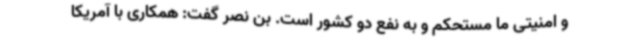
و امنیتی ما مستحکم و به نفع دو کشور است. بن نصر گفت: همکاری با آمریکا